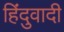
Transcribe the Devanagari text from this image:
हिंदुवादी